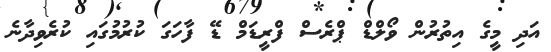
އަދި މީގެ އިތުރުން ވޯލްޑް ޕްރެސް ފްރީޑަމް ޑޭ ފާހަގަ ކުރުމުގައި ކުރެވިދާނެ